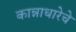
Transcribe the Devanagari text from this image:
कान्नाधारेचे